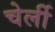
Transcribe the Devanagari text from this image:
चेर्ली